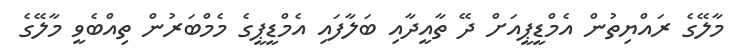
މާލޭގެ ރައްޔިތުން އެމްޑީޕީއަށް ދޭ ތާއީދާއި ބަލާފައި އެމްޑީޕީގެ މެމްބަރުން ތިއްބެވީ މާލޭގެ